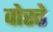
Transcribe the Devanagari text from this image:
वोस्ते